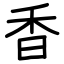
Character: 香